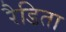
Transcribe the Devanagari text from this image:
रैडिता